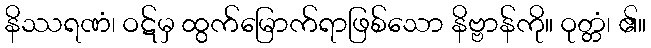
နိဿရဏံ၊ ဝဋ်မှ ထွက်မြောက်ရာဖြစ်သော နိဗ္ဗာန်ကို။ ဝုတ္တံ၊ ၏။